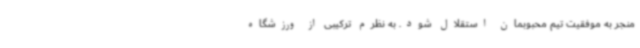
منجر به موفقیت تیم محبوبمان استقلال شود. به نظرم ترکیبی از ورزشگاه